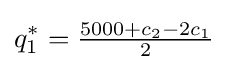
q_{1}^{*}={\tfrac {5000+c_{2}-2c_{1}}{2}}